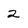
Character: 2